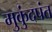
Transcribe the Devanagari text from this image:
मुकुंदपंत